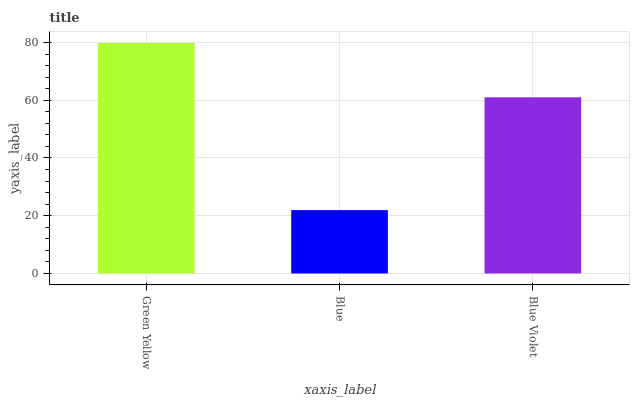
| xaxis_label | bars |
 | --- | --- |
 | Green Yellow | 79.8 |
 | Blue | 22 |
 | Blue Violet | 61 |